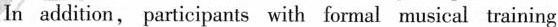
In addition, participants with formal musical training